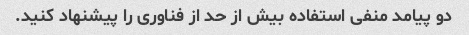
دو پیامد منفی استفاده بیش از حد از فناوری را پیشنهاد کنید.